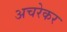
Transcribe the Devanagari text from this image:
अचरेकर